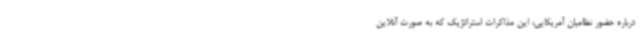
درباره حضور نظامیان آمریکایی، این مذاکرات استراتژیک که به صورت آنلاین